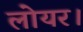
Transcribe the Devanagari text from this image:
लोयर।